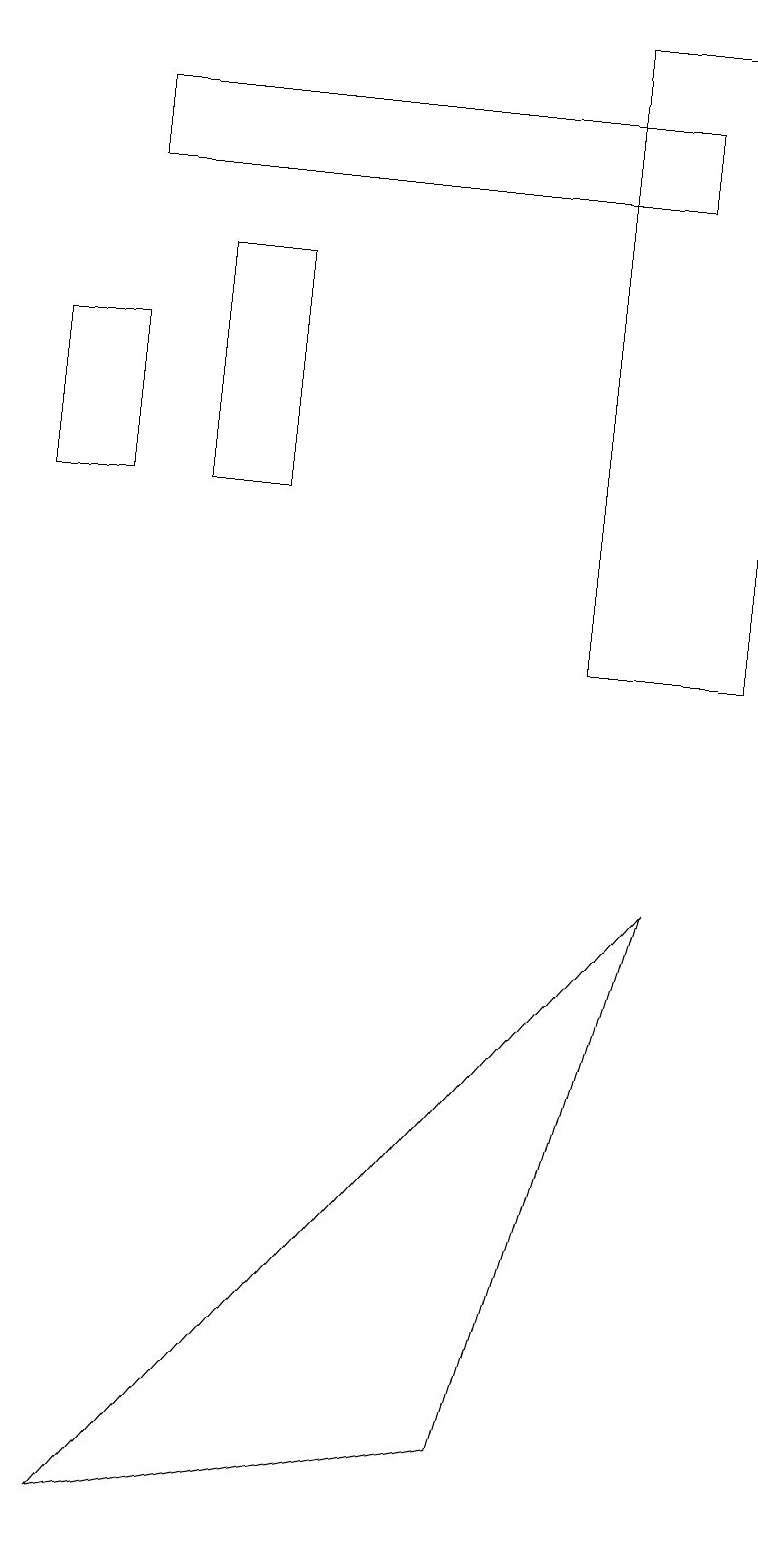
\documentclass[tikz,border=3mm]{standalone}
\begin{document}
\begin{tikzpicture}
\draw (7,19) rectangle (9,11);
\draw (2,13) rectangle (3,16);
\draw (1,15) rectangle (0,13);
\draw (8,17) rectangle (1,18);
\draw (6,1) -- (1,0) -- (8,8) -- cycle;
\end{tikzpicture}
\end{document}